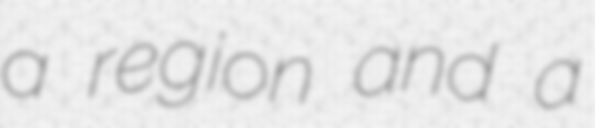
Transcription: a region and a